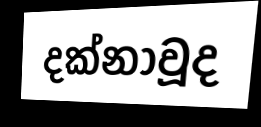
දක්නාවූද